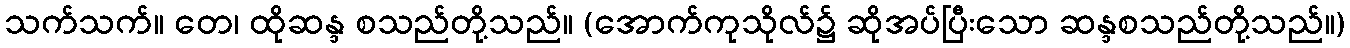
သက်သက်။ တေ၊ ထိုဆန္ဒ စသည်တို့သည်။ (အောက်ကုသိုလ်၌ ဆိုအပ်ပြီးသော ဆန္ဒစသည်တို့သည်။)